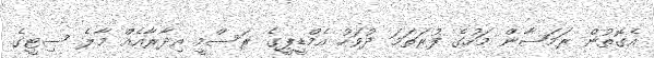
އެގޮތުން ރަމަޟާން މަހުގެ ފުރަތަމަ ދުވަހު އެމްޑީޕީގެ ރަސްމީ އިދާރާއެއް މާލެ ސިޓީގެ